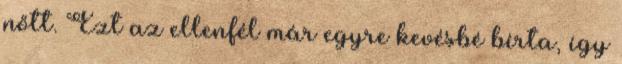
nőtt. Ezt az ellenfél már egyre kevésbé bírta, így